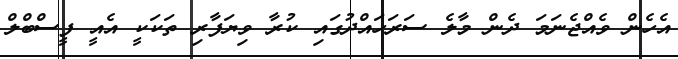
އެހެން ވެއްޖެނަމަ ދެން މާލެ ސަރަހައްދުގައި ކުރާ ވިޔަފާރި ތަކަކީ އެއީ ފީސްބްލް